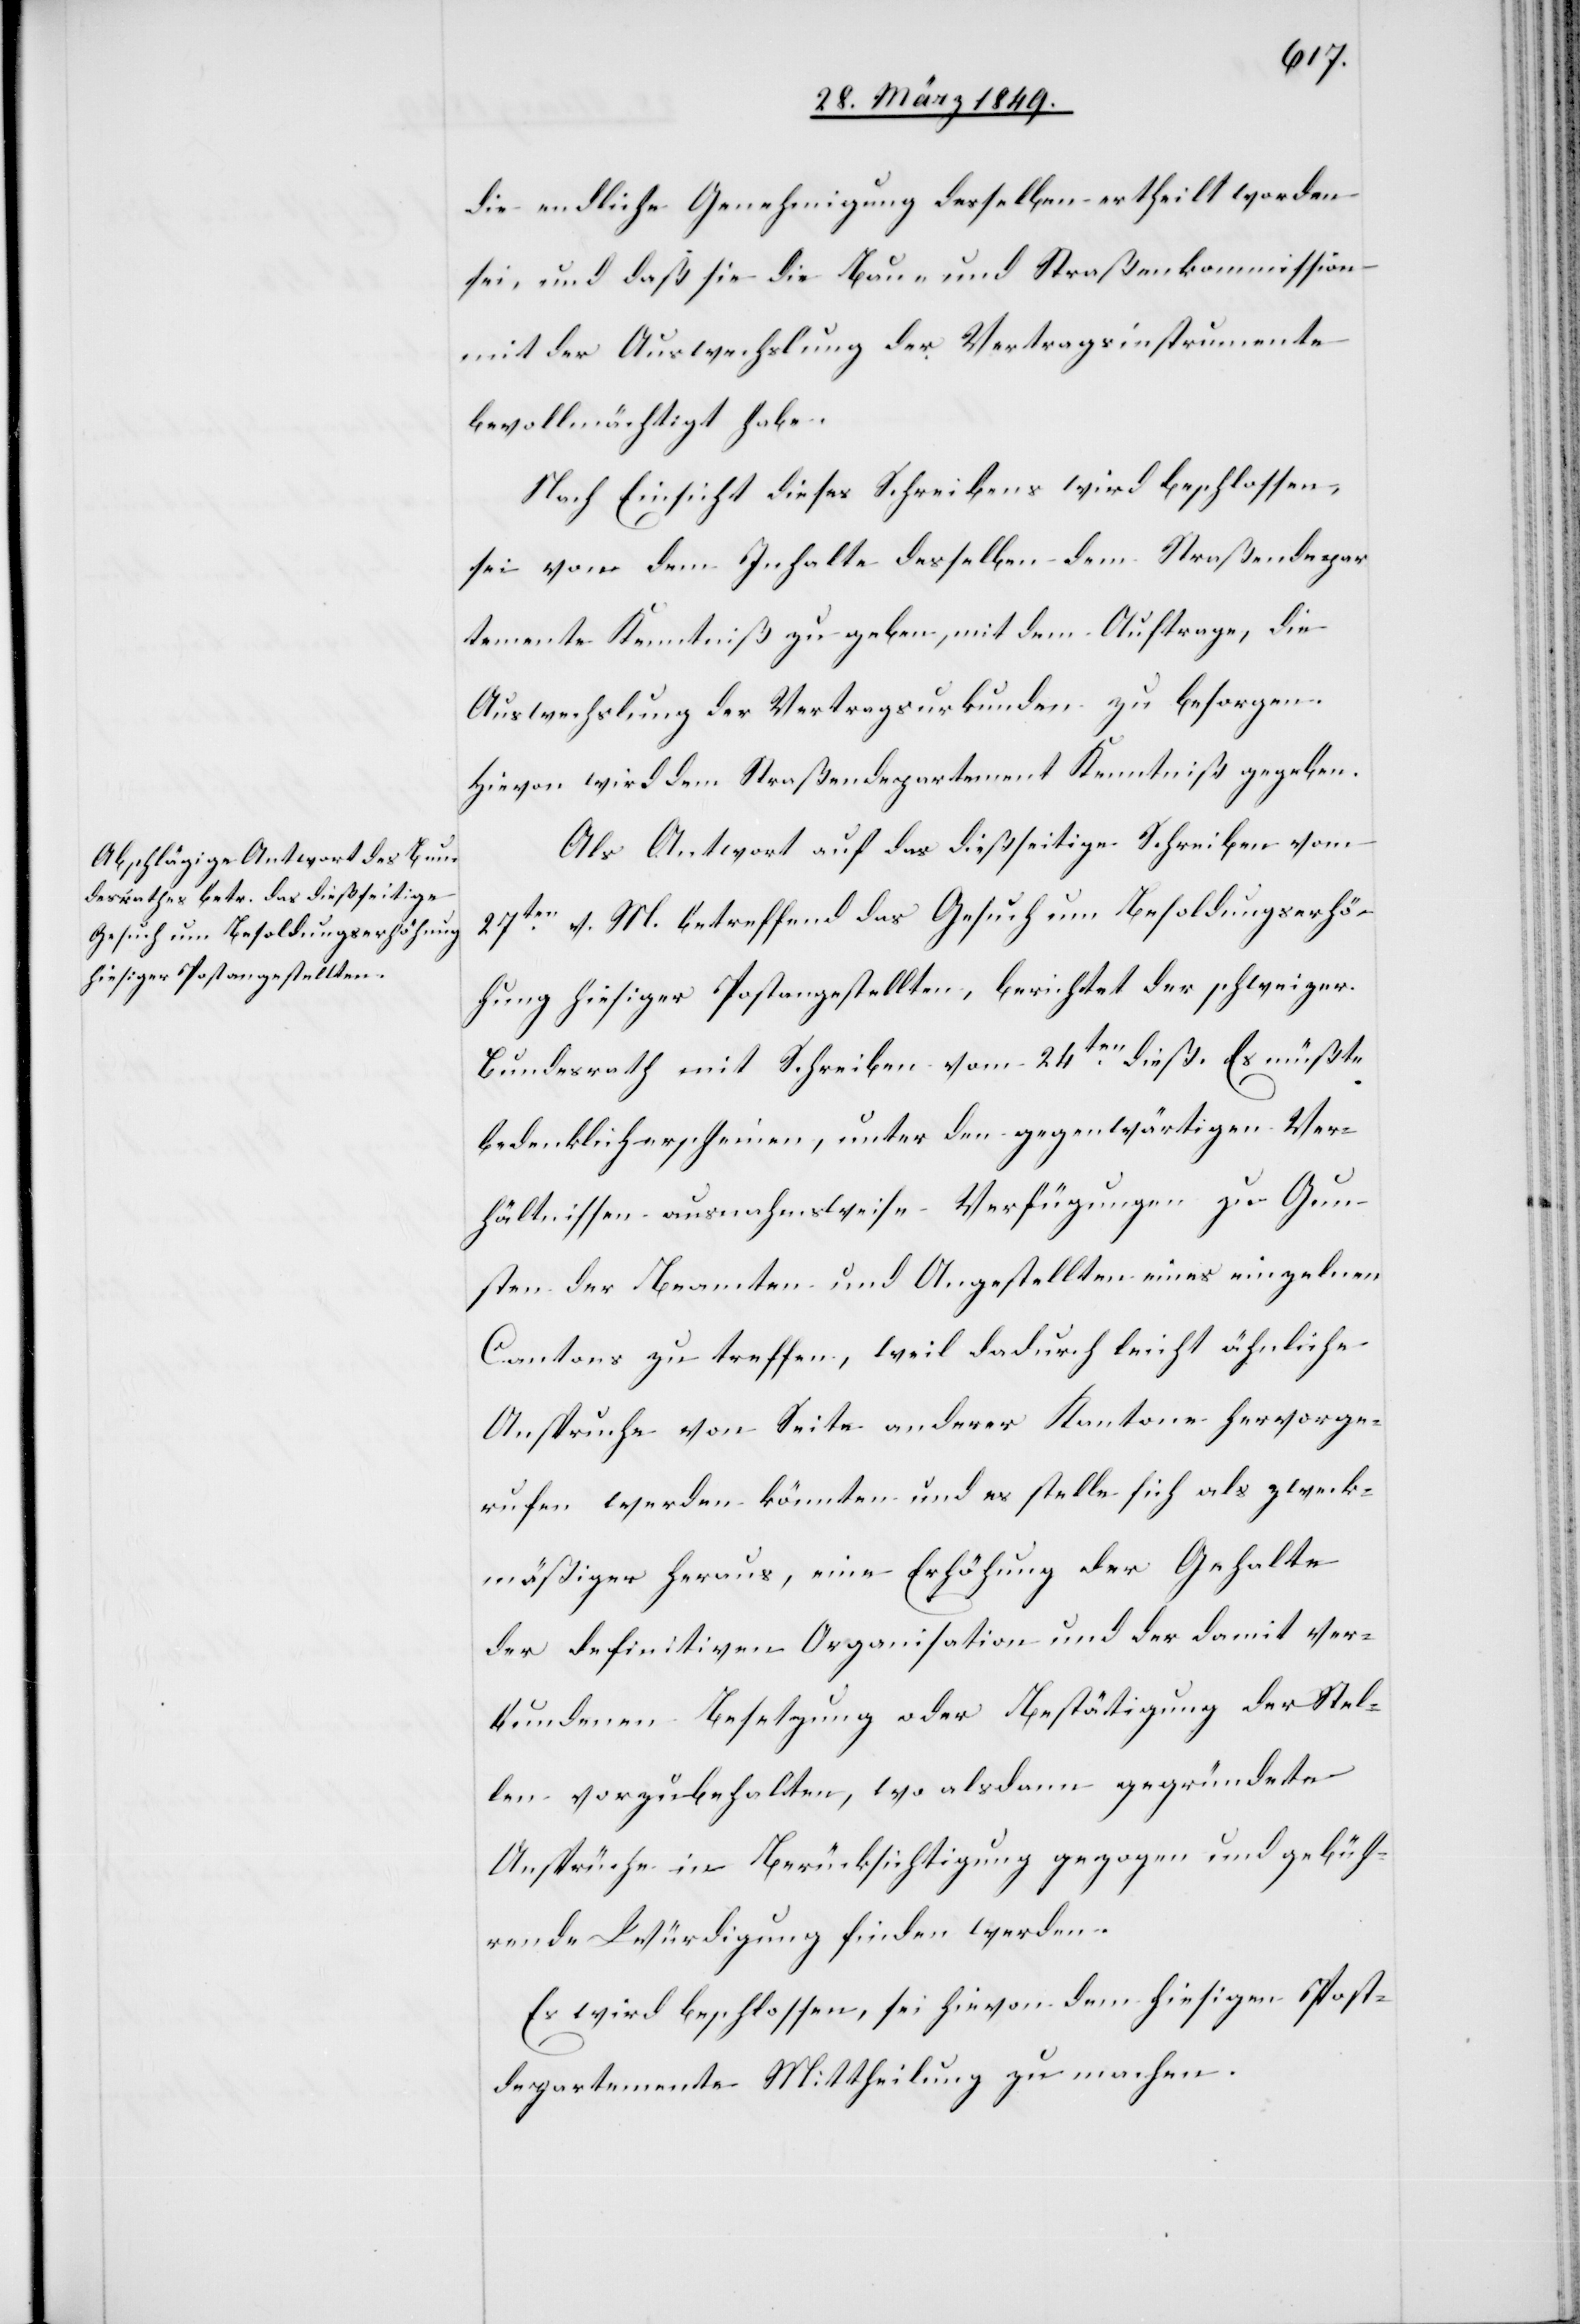
die endliche Genehmigung desselben ertheilt worden
sei, und daß sie die Bau- und Straßenkommission
mit der Auswechslung der Vertragsinstrumente
bevollmächtigt habe.
Nach Einsicht dieses Schreibens wird beschlossen,
sei von dem Inhalte desselben dem Straßendepar¬
temente Kenntniß zu geben, mit dem Auftrage, die
Auswechslung der Vertragsurkunden zu besorgen.
Hievon wird dem Straßendepartement Kenntniß gegeben.
Als Antwort auf das dießseitige Schreiben vom
27ten. v. M. betreffend das Gesuch um Besodungserhö¬
hung hiesiger Postangestellten, berichtet der schweizer.
Bundesrath mit Schreiben vom 24ten. dieß. Es müßte
bedenklich erscheinen, unter den gegenwärtigen Ver¬
hältnissen ausnahmsweise Verfügungen zu Gun¬
sten der Beamten und Angestellten eines einzelnen
Cantons zu treffen, weil dadurch leicht ähnliche
Anspruche [sic!] von Seite anderer Kantone hervorge¬
rufen werden könnten und es stelle sich als zweck¬
mäßiger heraus, eine Erhöhung der Gehalte
der definitiven Organisation und der damit ver¬
bundenen Besetzung oder Bestätigung der Stel¬
len vorzubehalten, wo alsdann gegründete
Ansprüche in Berücksichtigung gezogen und gebüh¬
rende Würdigung finden werden.
Es wird beschlossen, sei hievon dem hiesigen Post¬
departemente Mittheilung zu machen.